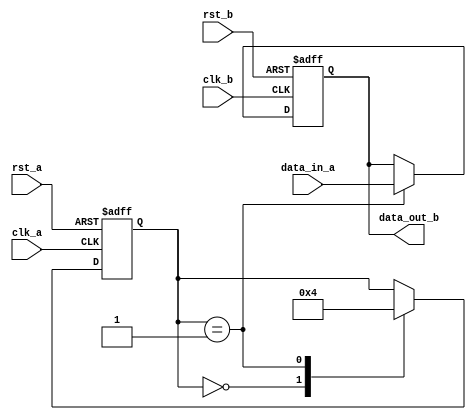
module timing_control_and_sync(
   input wire clk_a,  // Clock domain A
   input wire rst_a,  // Reset signal for clock domain A
   input wire data_in_a,  // Input data signal from clock domain A
   
   input wire clk_b,  // Clock domain B
   input wire rst_b,  // Reset signal for clock domain B
   output reg data_out_b  // Output data signal for clock domain B
);

// Timing control module
reg [1:0] state;
parameter IDLE = 2'b00;
parameter SYNC = 2'b01;

always @(posedge clk_a or posedge rst_a) begin
   if(rst_a) begin
      state <= IDLE;
   end else begin
      case(state)
         IDLE: begin
            state <= SYNC;
         end
         SYNC: begin
            state <= IDLE;
         end
      endcase
   end
end

// Synchronization block
always @(posedge clk_b or posedge rst_b) begin
   if(rst_b) begin
      data_out_b <= 1'b0;
   end else begin
      case(state)
         SYNC: begin
            data_out_b <= data_in_a;
         end
      endcase
   end
end

// Handshaking logic
reg ready_a;
reg ready_b;

always @(posedge clk_a or posedge rst_a) begin
   if(rst_a) begin
      ready_a <= 1'b0;
   end else begin
      ready_a <= 1'b1;
   end
end

always @(posedge clk_b or posedge rst_b) begin
   if(rst_b) begin
      ready_b <= 1'b0;
   end else begin
      if(state == SYNC) begin
         ready_b <= 1'b1;
      end else begin
         ready_b <= 1'b0;
      end
   end
end

endmodule